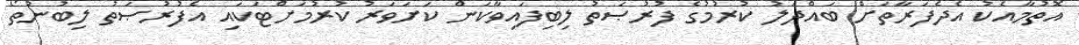
އޮތުމާއެކު އެދެފަރާތަށް ބައްދަލު ކުރުމުގެ ފުރުޞަތު ލިބިފައިވާކަން ކަށަވަރު ކުރުމަށްޓަކައި އެފުރުޞަތު ލިބުނުތޯ